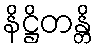
နိဋ္ဌိတန္တိ